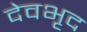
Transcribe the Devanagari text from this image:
देवभृद